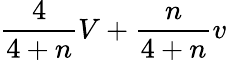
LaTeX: {\frac{4}{4+n}}V+{\frac{n}{4+n}}v